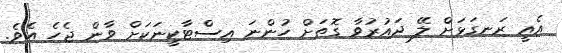
އެއީ ރަނގަޅަށް ލޭ ދައުރުވާ ގޮތަށް ހުންނަ އިސްޓާކީނަކަށް ވާން ޖެހެ އެވެ.